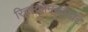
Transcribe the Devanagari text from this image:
रिच्स्कोनकोर्डाट